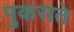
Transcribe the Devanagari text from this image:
पुकराते